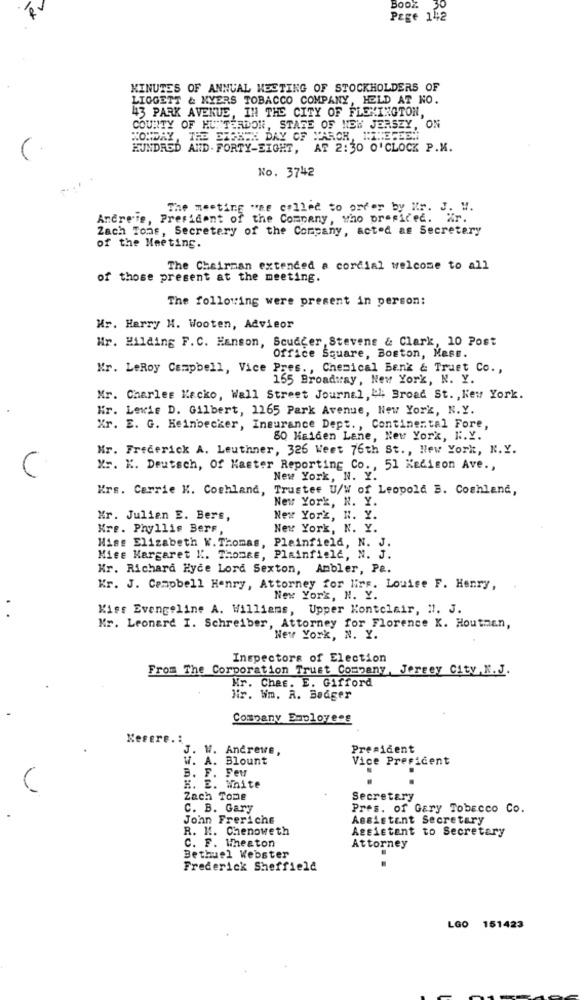
BooZ
30
Page 14:2
MINUTES OF ANNUAL MEETING OF STOCKHOLDERS OF
LIGGETT & NYERS TOBACCO COMPANY, HELD AT NO.
43 PARK AVENUE, IN THE CITY OF FLEMINGTON,
COUNITY OF HUNTERDON, STATE OF NEW JERSEY, ON
THE BIGKEN DAY OF MARCH, NINETEEN
HUNDRED AND . FORTY-EIGHT, AT 2:30 O'CLOCK P.M.
No. 3742
The meeting "he called to order by Kr. J. W.
Ancreme, President of the Company, who presided. Xr.
Zach Tons, Secretary of the Company, acted as Secretary
of the Meeting.
The Chairman extended a cordial welcome to all
of those present at the meeting.
The following were present in person:
Hr. Harry H. Wooten, Advieor
Hr. Hilding F. C. Hanson, Soudcer, Stevens & Clark, 10 Post
Office Square, Boston, Mese.
Mr. LeRoy Campbell, Vice Pres ., Chemical Bank & Truet Co .,
155 Broadway, New York, N. Y.
Mr. Charles Kacko, Wall Street Journal, & Broad St. , New York.
Hr. Lewis D. Gilbert, 1165 Park Avenue, New York, N.Y.
Xr. E. G. Keinbecker, Insurance Dept ., Continental Fore,
80 Haiden Lane, New York, N.Y.
Mr. Frederick A. Leuthner, 326 Weet 76th St ., New York, N.Y.
Xr. K. Deutsch, Of Kaster Reporting Co ., 51 Kedison Ave .,
New York, N. Y.
Krs. Carrie K. Cochland, Trustee U/W of Leopold B. Coshland,
New York, N. Y.
Kr. Julien E. Bers,
New York, N. Y.
Kre. Phyllis Bers
New York, N. Y.
Miss Elizabeth W. Thomas, Plainfield, N. J.
Mise Margaret K. Thomas, Plainfield, N. J.
Kr. Richard Hyce Lord Sexton, Ambler, Pa.
Kr. J. Campbell Henry, Attorney for lirs. Louise F. Henry,
New York, N. Y.
Kiss Evangeline A. Williams, Upper Kontclair, N. J.
Mr. Leonard I. Schreiber, Attorney for Florence K. Houtman,
New York, N. Y.
Inspectors of Election
From The Corporation Trust Company, Jersey City.N.J.
Hr. Chef. E. Gifford
Nir. Wim. R. Boager
Company Employees
Kesere .:
J. W. Andrews,
President
W. A. Blount
Vice President
B. F. Feu
K. E. White
Zach Tome
Secretary
C. B. Gary
Pres. of Gary Tobacco Co.
John Freriche
Assistant Secretary
R. N. Chenoweth
Assistant to Secretary
C. F. Wheaton
Attorney
Bethuel Webster
Frederick Sheffield
LGO 151423